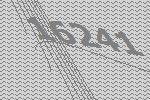
16241